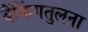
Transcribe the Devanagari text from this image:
बैंकिंगतुलना